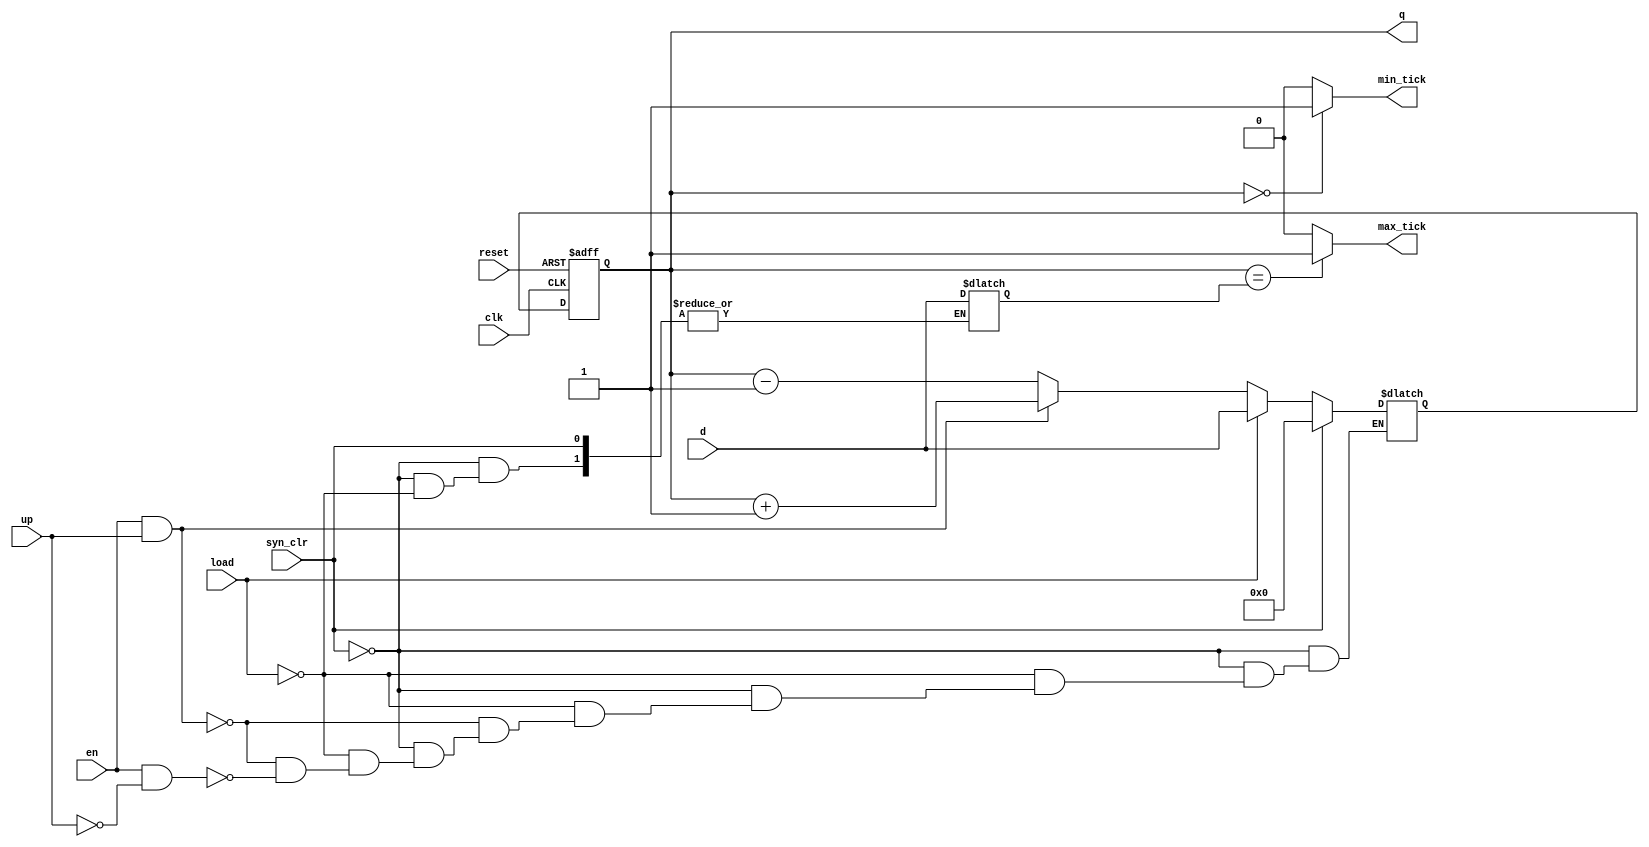
`timescale 1ns / 1ps
//////////////////////////////////////////////////////////////////////////////////
// Company: 
// Engineer: 
// 
// Design Name: 
// Module Name: univ_bin_counter
// Project Name: 
// Target Devices: 
// Tool Versions: 
// Description: 
// 
// Dependencies: 
// 
// Revision:
// Revision 0.01 - File Created
// Additional Comments:
// 
//////////////////////////////////////////////////////////////////////////////////


module univ_bin_counter #(parameter N=8)
(
//Input Signals
input wire clk,
input wire reset,
input wire syn_clr,
input wire load,
input wire en,
input wire up,
input wire [N-1:0] d,

//Output Signals
output wire max_tick,
output wire min_tick,
output wire [N-1:0] q
);

//signal declaration
reg [N-1:0] r_reg, r_next, data_max;

//body
//register
always@(posedge clk,posedge reset)
begin
    if (reset)
        r_reg <= 0;
    else
        r_reg <= r_next;    
end

//next-state logic
always@*
begin
    if(syn_clr)
        r_next = 0;
    else if(load)
    begin
        r_next = d;
        data_max = d;        
    end
    else if(en & up)
        r_next = r_reg + 1;
    else if(en & ~up)
        r_next = r_reg - 1;
end

//output logic
assign q = r_reg;
assign max_tick = (r_reg == data_max) ? 1'b1 : 1'b0;
assign min_tick = (r_reg == 0) ? 1'b1 : 1'b0;

endmodule